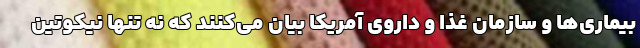
بیماری‌ها و سازمان غذا و داروی آمریکا بیان می‌کنند که نه تنها نیکوتین